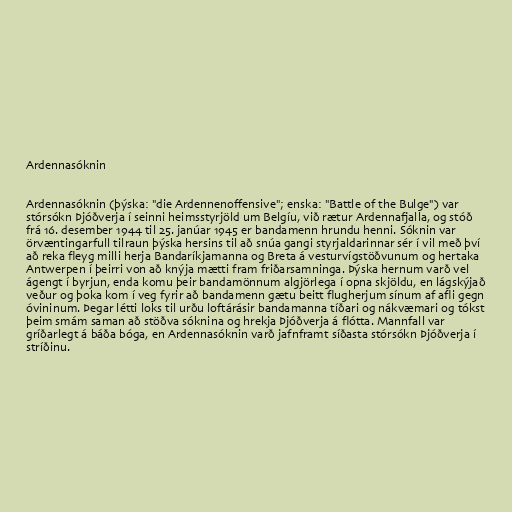
Ardennasóknin

Ardennasóknin (þýska: "die Ardennenoffensive"; enska: "Battle of the Bulge") var
stórsókn Þjóðverja í seinni heimsstyrjöld um Belgíu, við rætur Ardennafjalla, og stóð
frá 16. desember 1944 til 25. janúar 1945 er bandamenn hrundu henni. Sóknin var
örvæntingarfull tilraun þýska hersins til að snúa gangi styrjaldarinnar sér í vil með því
að reka fleyg milli herja Bandaríkjamanna og Breta á vesturvígstöðvunum og hertaka
Antwerpen í þeirri von að knýja mætti fram friðarsamninga. Þýska hernum varð vel
ágengt í byrjun, enda komu þeir bandamönnum algjörlega í opna skjöldu, en lágskýjað
veður og þoka kom í veg fyrir að bandamenn gætu beitt flugherjum sínum af afli gegn
óvininum. Þegar létti loks til urðu loftárásir bandamanna tíðari og nákvæmari og tókst
þeim smám saman að stöðva sóknina og hrekja Þjóðverja á flótta. Mannfall var
gríðarlegt á báða bóga, en Ardennasóknin varð jafnframt síðasta stórsókn Þjóðverja í
stríðinu.